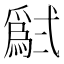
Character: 𱎗